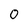
Character: 0